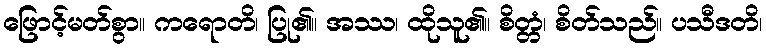
ဖြောင့်မတ်စွာ။ ကရောတိ၊ ပြု၏။ အဿ၊ ထိုသူ၏။ စိတ္တံ၊ စိတ်သည်။ ပသီဒတိ၊